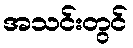
အသင်းတွင်